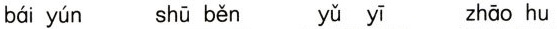
bái yún shū běn yǔ yī zhāo hu